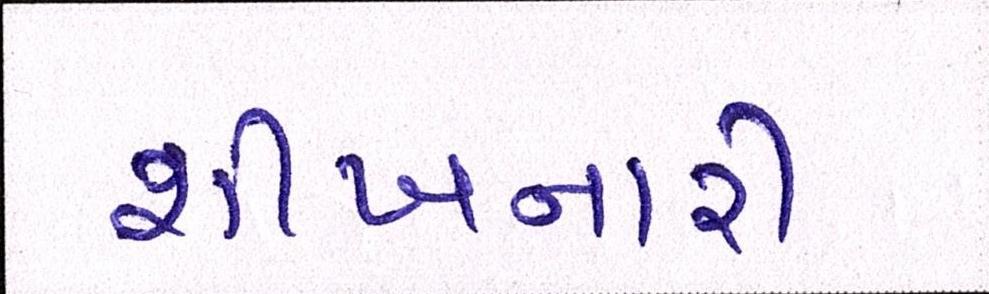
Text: શીખનારી